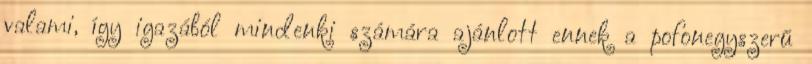
valami, így igazából mindenki számára ajánlott ennek a pofonegyszerű